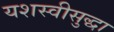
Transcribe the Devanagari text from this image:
यशस्वीसुद्धा